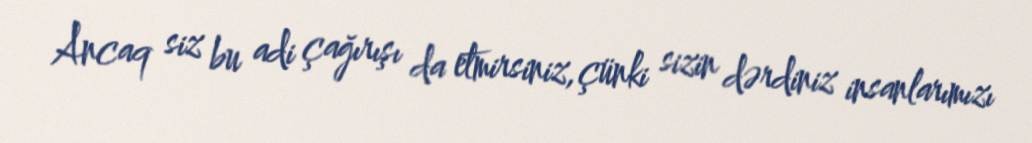
Ancaq siz bu adi çağırışı da etmirsiniz, çünki sizin dərdiniz insanlarımızı